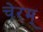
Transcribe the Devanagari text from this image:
चेरम्